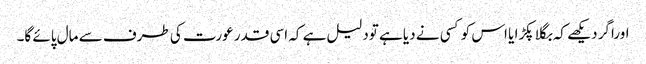
اوراگر دیکھے کہ بگلا پکڑا یا اس کو کسی نے دیا ہے تودلیل ہے کہ اسی قدر عورت کی طرف سے مال پائے گا۔